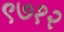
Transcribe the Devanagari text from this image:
९७१२